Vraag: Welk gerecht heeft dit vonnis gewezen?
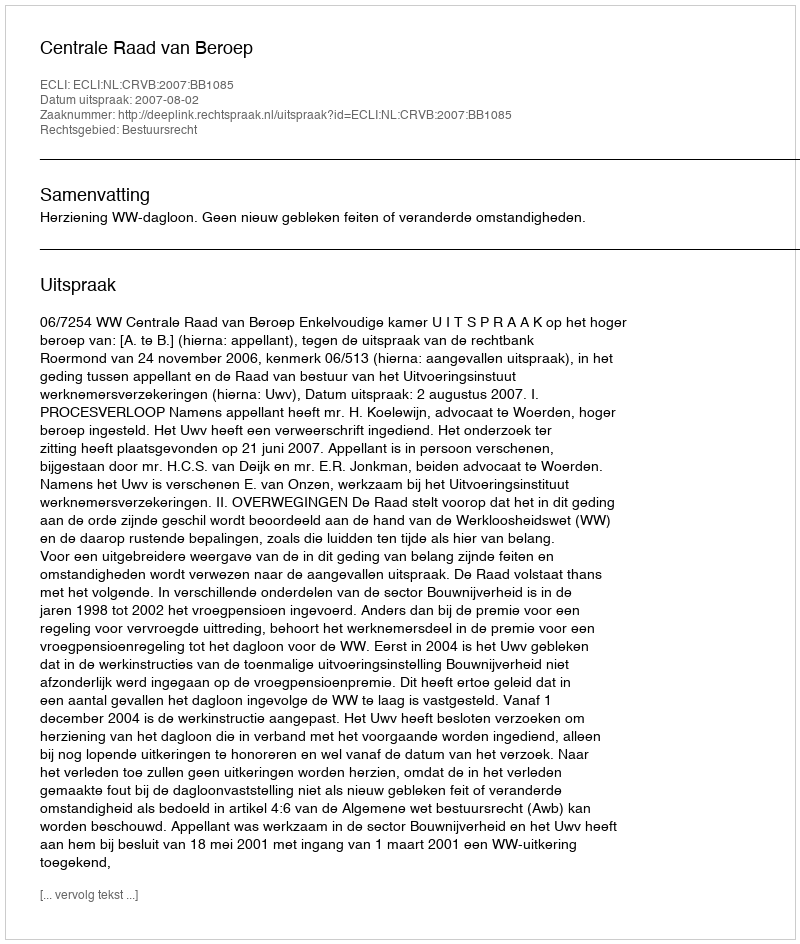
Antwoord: Centrale Raad van Beroep